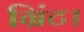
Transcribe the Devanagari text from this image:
ग्रिंट।